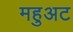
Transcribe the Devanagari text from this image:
महुअट